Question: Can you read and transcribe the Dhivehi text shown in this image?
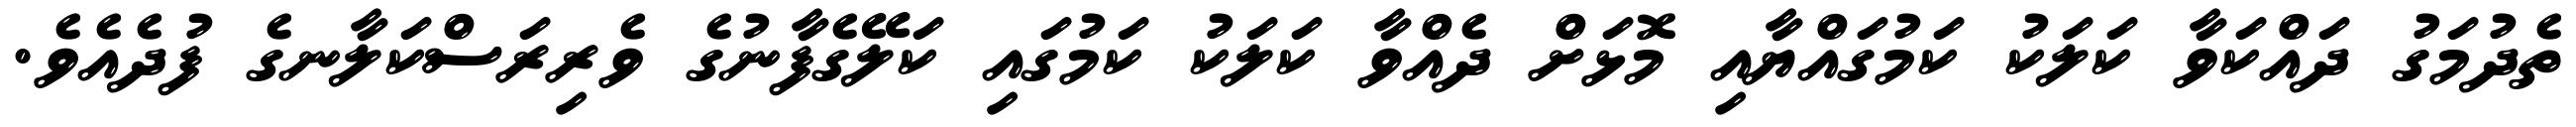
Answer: ތެދުމަގު ދައްކަވާ ކަލަކު ކަމުގައްޔާއި މޮޅަށް ދެއްވާ ކަލަކު ކަމުގައި ކަލޭގެފާނުގެ ވެރިރަސްކަލާނގެ ފުދެއެވެ.